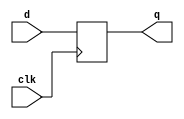
module dff
    ( input d, clk, output reg q );
	always @( posedge clk )
            q <= d;
endmodule


module top (
input clk,
input a,
output b
);

dff u_dff (
        .clk (clk),
        .d (a ),
        .q (b )
    );

endmodule